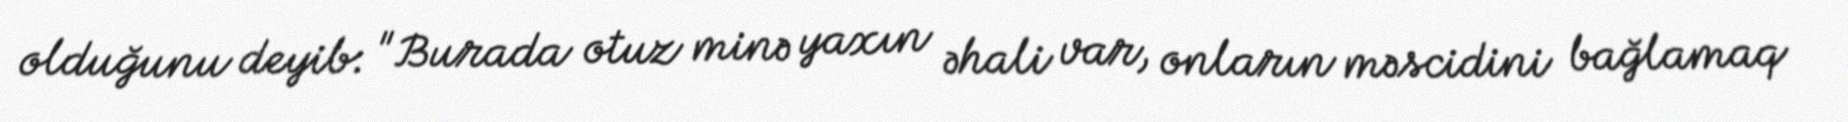
olduğunu deyib: "Burada otuz minə yaxın əhali var, onların məscidini bağlamaq